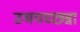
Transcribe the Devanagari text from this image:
उभयच्छन्ना